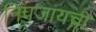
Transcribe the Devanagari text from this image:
निपजायची